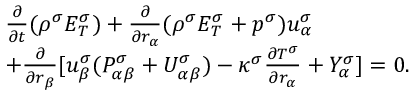
\begin{array} { r } { \begin{array} { r l } & { \frac { \partial } { \partial t } ( \rho ^ { \sigma } E _ { T } ^ { \sigma } ) + \frac { \partial } { \partial r _ { \alpha } } ( \rho ^ { \sigma } E _ { T } ^ { \sigma } + p ^ { \sigma } ) u _ { \alpha } ^ { \sigma } } \\ & { + \frac { \partial } { \partial r _ { \beta } } [ u _ { \beta } ^ { \sigma } ( P _ { \alpha \beta } ^ { \sigma } + U _ { \alpha \beta } ^ { \sigma } ) - \kappa ^ { \sigma } \frac { \partial T ^ { \sigma } } { \partial r _ { \alpha } } + Y _ { \alpha } ^ { \sigma } ] = 0 . } \end{array} } \end{array}